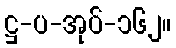
ဋ္ဌ-ပ-အုပ်-၁၆၂။